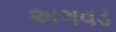
અગવડ